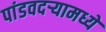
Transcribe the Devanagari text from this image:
पांडवदर्‍यामध्ये